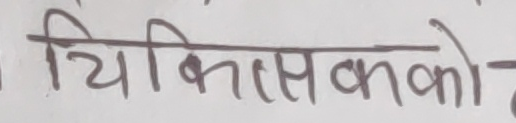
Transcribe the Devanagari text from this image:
विकासको